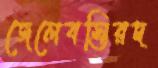
জেলেবস্তিরদ